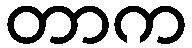
တာက